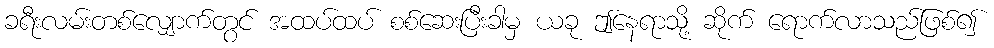
ခရီးလမ်းတစ်လျှောက်တွင် အထပ်ထပ် စစ်ဆေးပြီးခါမှ ယခု ဤနေရာသို့ ဆိုက် ရောက်လာသည်ဖြစ်၍